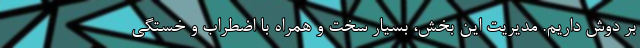
بر دوش داریم. مدیریت این بخش، بسیار سخت و همراه با اضطراب و خستگی